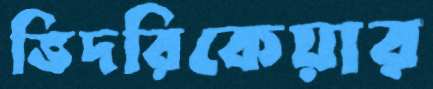
ভিদরিকেয়ার